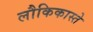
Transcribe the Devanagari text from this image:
लौकिकास्ते